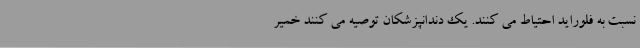
نسبت به فلوراید احتیاط می کنند. یک دندانپزشکان توصیه می کنند خمیر